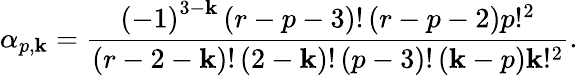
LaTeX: \alpha_{p,\mathbf{k}}=\frac{{\left(-1\right)^{3-\mathbf{k}}\left(r-p-3\right)!\left(r-p-2\right)p!^{2}}}{{\left(r-2-\mathbf{k}\right)!\left(2-\mathbf{k}\right)!\left(p-3\right)!\left(\mathbf{k}-p\right)\mathbf{k}!^{2}}}.